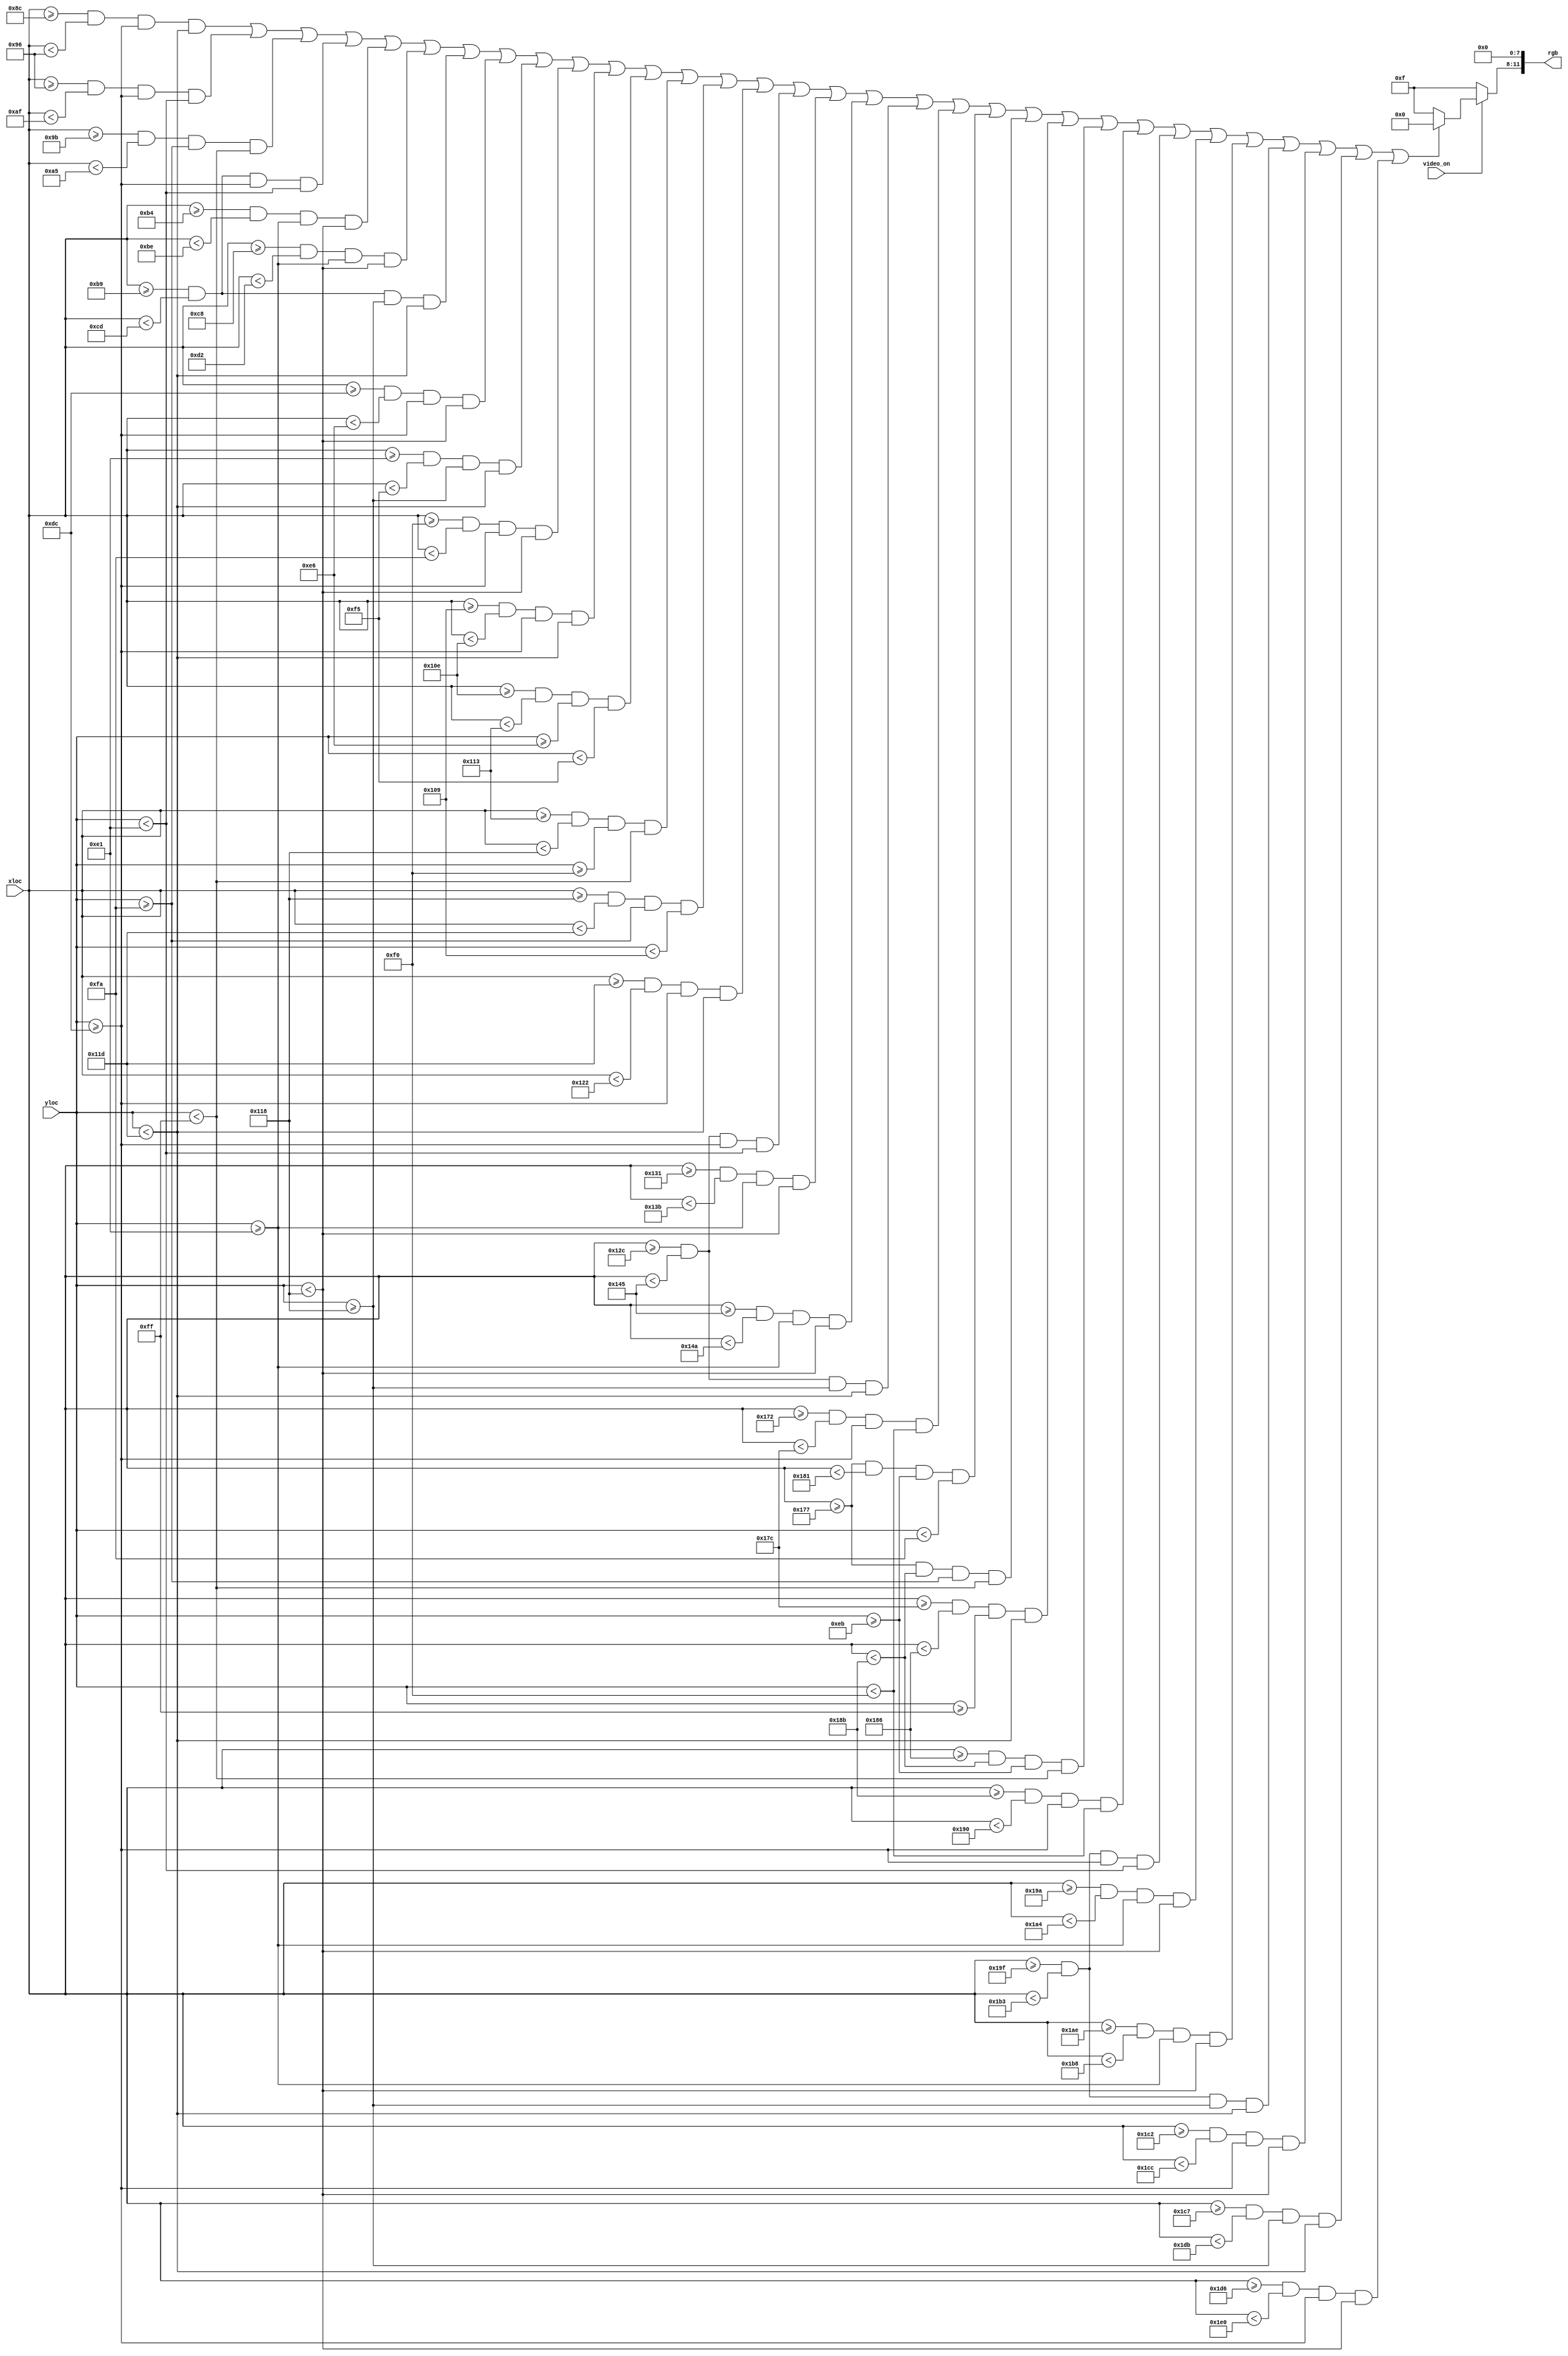
`timescale 1ns / 1ps

module death_screen(
    input [9:0]xloc,
    input [9:0]yloc,
    input video_on,
    output [11:0] rgb
    );
wire [3:0] white;

assign white = video_on ? ((
// edit this part, currently it shows two squares at (50-100, 50-100) and (150-200, 50-100) respectively

//(xloc >= 50 & xloc <= 100 & yloc >= 50 & yloc <= 100)||(xloc >= 150 & xloc <= 200 & yloc >= 50 & yloc <= 100)

(xloc >= 140 & xloc < 150 & yloc >= 220 & yloc < 285)||(xloc >= 150 & xloc < 175 & yloc >= 220 & yloc < 225)||(xloc >=155 & xloc < 165 & yloc >= 250 &  yloc < 255)|| //<----drawing f
(xloc >= 185 & xloc < 205 & yloc >= 220 & yloc < 225)||(xloc >= 180 & xloc < 190 & yloc >= 225 & yloc < 280)||(xloc >= 200 & xloc < 210 & yloc >= 225 & yloc < 280)||(xloc >= 185 & xloc < 205 & yloc >= 280 & yloc < 285)||// <--- drawing o 
(xloc >= 220 & xloc < 230 & yloc >= 220 & yloc < 280)||(xloc >= 225 & xloc < 245 & yloc >= 280 & yloc < 285)||(xloc >= 240 & xloc < 250 & yloc >= 220 & yloc < 280)||//<--- drawing u
(xloc >= 265 & xloc < 270 & yloc >= 220 & yloc < 285)||(xloc >= 270 & xloc < 275 & yloc >= 230 & yloc < 245)||(xloc >= 275 & xloc < 280 & yloc >= 240 & yloc < 255)||(xloc >= 280 & xloc < 285 & yloc >= 250 & yloc < 265)||(xloc >= 285 & xloc < 290 & yloc >= 220 & yloc < 285)|| //<---drawing n
(xloc >= 300 & xloc < 325 & yloc >= 220 & yloc < 225)||(xloc >= 305 & xloc < 315 & yloc >= 225 & yloc < 280)||(xloc >= 325 & xloc < 330 & yloc >= 225 & yloc < 280)||(xloc >= 300 & xloc < 325 & yloc >= 280 & yloc < 285)|| //<-- drawing d 
(xloc >= 370 & xloc < 380 & yloc >= 220 & yloc < 240)||(xloc >= 375 & xloc < 385 & yloc >= 235 & yloc < 250)||(xloc >= 375 & xloc < 395 & yloc >= 250 & yloc < 255)||(xloc >= 380 & xloc < 390 & yloc >= 255 & yloc < 285)||(xloc >= 390 & xloc < 395 & yloc >= 235 & yloc < 255)||(xloc >= 395 & xloc < 400 & yloc >= 220 & yloc < 240)||// <---drawing y
(xloc >= 415 & xloc < 435 & yloc >= 220 & yloc < 225)||(xloc >= 410 & xloc < 420 & yloc >= 225 & yloc < 280)||(xloc >= 430 & xloc < 440 & yloc >= 225 & yloc < 280)||(xloc >= 415 & xloc < 435 & yloc >= 280 & yloc < 285)|| //<--- drawing o 
(xloc >= 450 & xloc < 460 & yloc >= 220 & yloc < 280)||(xloc >= 455 & xloc < 475 & yloc >= 280 & yloc < 285)||(xloc >= 470 & xloc < 480 & yloc >= 220 & yloc < 280)//<----drawing u


// do not edit beyond this point
) ? 4'h0:4'hF):(4'hF);
assign rgb = {white, 4'h0, 4'h0};
endmodule